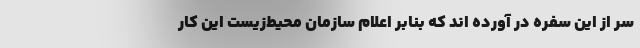
سر از این سفره در آورده اند که بنابر اعلام سازمان محیط‌زیست این کار